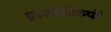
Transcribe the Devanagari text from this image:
प्रस्तरशिल्पों